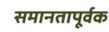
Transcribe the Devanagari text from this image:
समानतापूर्वक